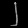
Digit: ၂